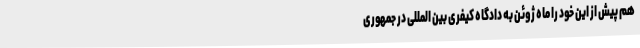
هم پیش از این خود را ماه ژوئن به دادگاه کیفری بین المللی در جمهوری